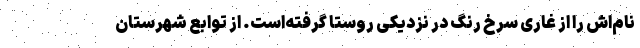
نام‌اش را از غاری سرخ رنگ در نزدیکی روستا گرفته‌است. از توابع شهرستان